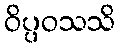
ဝိပ္ပဝသသိ